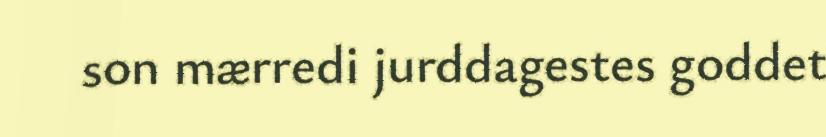
son mærredi jurddagestes goddet